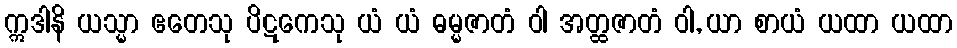
ဣဒါနိ ယသ္မာ ဧတေသု ပိဋကေသု ယံ ယံ ဓမ္မဇာတံ ဝါ အတ္ထဇာတံ ဝါ, ယာ စာယံ ယထာ ယထာ